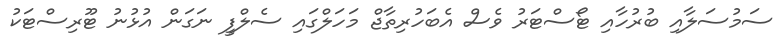
ސަމުސަލާއި ބުރުހާއި ޓޯސްޓަރު ވެސް އެބަހުރިތާޖް މަހަލްގައި ސެލްފީ ނަގަން އުޅުނު ޓޫރިސްޓަކު